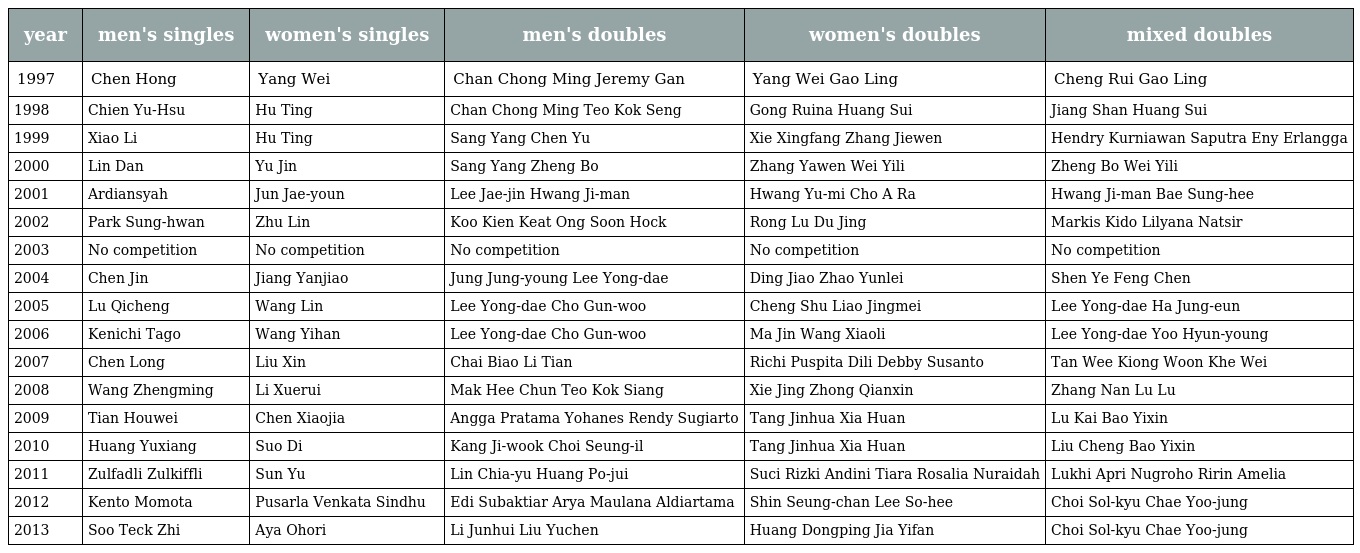
| year | men's singles | women's singles | men's doubles | women's doubles | mixed doubles |
 | --- | --- | --- | --- | --- | --- |
 | 1997 | Chen Hong | Yang Wei | Chan Chong Ming Jeremy Gan | Yang Wei Gao Ling | Cheng Rui Gao Ling |
 | 1998 | Chien Yu-Hsu | Hu Ting | Chan Chong Ming Teo Kok Seng | Gong Ruina Huang Sui | Jiang Shan Huang Sui |
 | 1999 | Xiao Li | Hu Ting | Sang Yang Chen Yu | Xie Xingfang Zhang Jiewen | Hendry Kurniawan Saputra Eny Erlangga |
 | 2000 | Lin Dan | Yu Jin | Sang Yang Zheng Bo | Zhang Yawen Wei Yili | Zheng Bo Wei Yili |
 | 2001 | Ardiansyah | Jun Jae-youn | Lee Jae-jin Hwang Ji-man | Hwang Yu-mi Cho A Ra | Hwang Ji-man Bae Sung-hee |
 | 2002 | Park Sung-hwan | Zhu Lin | Koo Kien Keat Ong Soon Hock | Rong Lu Du Jing | Markis Kido Lilyana Natsir |
 | 2003 | No competition | No competition | No competition | No competition | No competition |
 | 2004 | Chen Jin | Jiang Yanjiao | Jung Jung-young Lee Yong-dae | Ding Jiao Zhao Yunlei | Shen Ye Feng Chen |
 | 2005 | Lu Qicheng | Wang Lin | Lee Yong-dae Cho Gun-woo | Cheng Shu Liao Jingmei | Lee Yong-dae Ha Jung-eun |
 | 2006 | Kenichi Tago | Wang Yihan | Lee Yong-dae Cho Gun-woo | Ma Jin Wang Xiaoli | Lee Yong-dae Yoo Hyun-young |
 | 2007 | Chen Long | Liu Xin | Chai Biao Li Tian | Richi Puspita Dili Debby Susanto | Tan Wee Kiong Woon Khe Wei |
 | 2008 | Wang Zhengming | Li Xuerui | Mak Hee Chun Teo Kok Siang | Xie Jing Zhong Qianxin | Zhang Nan Lu Lu |
 | 2009 | Tian Houwei | Chen Xiaojia | Angga Pratama Yohanes Rendy Sugiarto | Tang Jinhua Xia Huan | Lu Kai Bao Yixin |
 | 2010 | Huang Yuxiang | Suo Di | Kang Ji-wook Choi Seung-il | Tang Jinhua Xia Huan | Liu Cheng Bao Yixin |
 | 2011 | Zulfadli Zulkiffli | Sun Yu | Lin Chia-yu Huang Po-jui | Suci Rizki Andini Tiara Rosalia Nuraidah | Lukhi Apri Nugroho Ririn Amelia |
 | 2012 | Kento Momota | Pusarla Venkata Sindhu | Edi Subaktiar Arya Maulana Aldiartama | Shin Seung-chan Lee So-hee | Choi Sol-kyu Chae Yoo-jung |
 | 2013 | Soo Teck Zhi | Aya Ohori | Li Junhui Liu Yuchen | Huang Dongping Jia Yifan | Choi Sol-kyu Chae Yoo-jung |